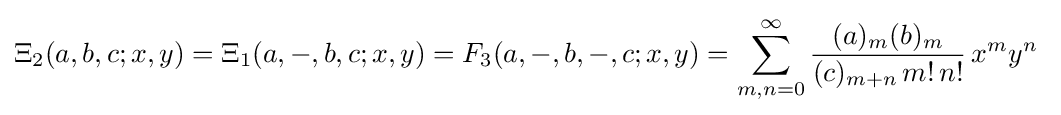
\Xi _{2}(a,b,c;x,y)=\Xi _{1}(a,-,b,c;x,y)=F_{3}(a,-,b,-,c;x,y)=\sum _{m,n=0}^{\infty }{\frac {(a)_{m}(b)_{m}}{(c)_{m+n}\,m!\,n!}}\,x^{m}y^{n}~